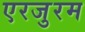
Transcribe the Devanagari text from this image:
एरजुरम